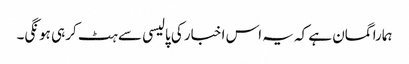
ہمارا گمان ہے کہ یہ اس اخبار کی پالیسی سے ہٹ کر ہی ہونگی۔